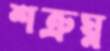
শত্রুঘ্ন